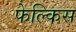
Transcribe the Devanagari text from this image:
फेल्किस